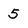
Character: 5